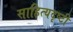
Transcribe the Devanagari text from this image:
साहित्यदृष्टी